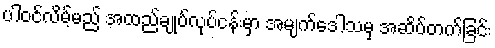
ပါဝင်လိမ့်မည် အထည်ချုပ်လုပ်ငန်းမှာ အမျက်ဒေါသမှ အဆိပ်တက်ခြင်း